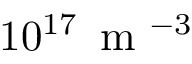
1 0 ^ { 1 7 } \, \mathrm { ~ m ~ } ^ { - 3 }